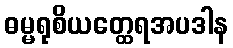
ဓမ္မရုစိယတ္ထေရအပဒါန